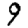
Digit: 9